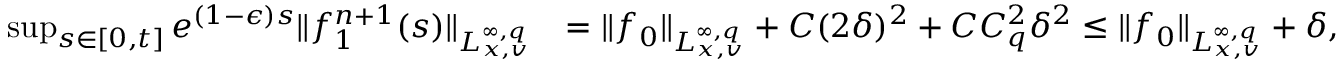
\begin{array} { r l } { \operatorname* { s u p } _ { s \in [ 0 , t ] } e ^ { ( 1 - \epsilon ) s } \| f _ { 1 } ^ { n + 1 } ( s ) \| _ { L _ { x , v } ^ { \infty , q } } } & { = \| f _ { 0 } \| _ { L _ { x , v } ^ { \infty , q } } + C ( 2 \delta ) ^ { 2 } + C C _ { q } ^ { 2 } \delta ^ { 2 } \leq \| f _ { 0 } \| _ { L _ { x , v } ^ { \infty , q } } + \delta , } \end{array}